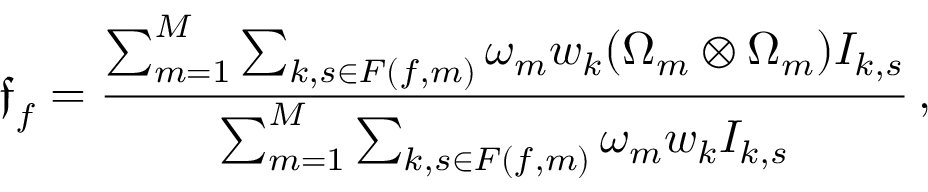
\boldsymbol { \mathfrak { f } } _ { f } = \frac { \sum _ { m = 1 } ^ { M } \sum _ { k , s \in F ( f , m ) } \omega _ { m } w _ { k } ( \boldsymbol { \Omega } _ { m } \otimes \boldsymbol { \Omega } _ { m } ) I _ { k , s } } { \sum _ { m = 1 } ^ { M } \sum _ { k , s \in F ( f , m ) } \omega _ { m } w _ { k } I _ { k , s } } \, ,